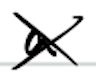
Text: a
Cross-out: cross
Writing tool: digital_black